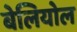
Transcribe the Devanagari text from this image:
बेलियोल